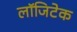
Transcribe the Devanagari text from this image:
लॉजिटेक